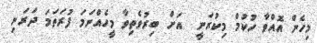
މިހެން އޮއްވާ ހުކުމް މިކުރަނީ  އަށް ބިރުވެތިވާ މީހެއްނަމަ ފުރަތަމަ ދަރަނި